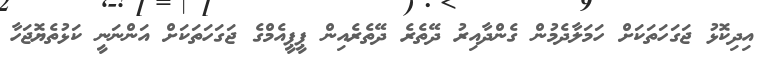
އިދިކޮޅު ޖަގަހަތަކަށް ހަމަލާދެމުން ގެންދާއިރު ދޭތެރެ ދޭތެރެއިން ޕީޕީއެމްގެ ޖަގަހަތަކަށް އަންނަނީ ކަޅުތެޔޮޖަހާ